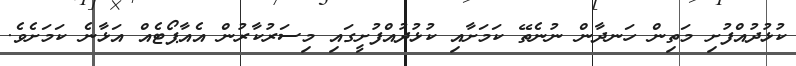
ކުޅުދުއްފުށި މަތިން ހަނދާން ނުނެތޭ ކަމަށާއި ކުޅުދުއްފުށީގައި މިސަރުކާރުން އެއާޕޯޓެއް އަޅާނެ ކަމަށެވެ.